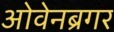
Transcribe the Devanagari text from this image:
ओवेनब्रगर